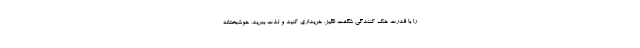
را با قدرت خنک کنندگی شگفت انگیز، خریداری کنید و لذت ببرید. خوشبختانه